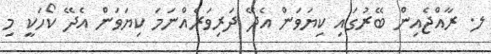
ލ. ރާއްޖެއިން ބޭރުގައި ކިޔަވަން އެދޭ ދަރިވަރެއްނަމަ ކިޔަވަން އެދޭ ކޯހަކީ މި